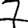
Digit: 7